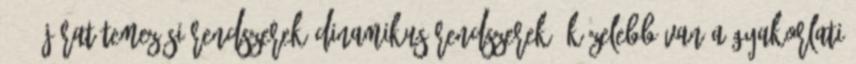
2007 Járatütemezési rendszerek Dinamikus rendszerek: közelebb van a gyakorlati